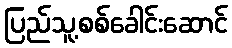
ပြည်သူ့စစ်ခေါင်းဆောင်